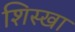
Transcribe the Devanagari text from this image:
शिस्खा